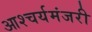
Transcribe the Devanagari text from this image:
आश्चर्यमंजरी